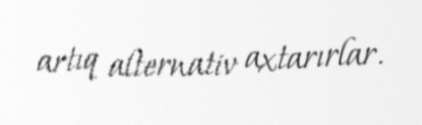
artıq alternativ axtarırlar.